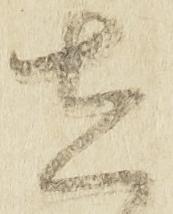
在